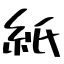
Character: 紙